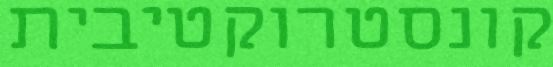
קונסטרוקטיבית